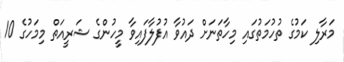
މަރާލި ކަމުގެ ތުހުމަތުގައި މިހާތަނަށް ދައުވާ އުފުލާފައިވާ މީހުންގެ ޝަރީއަތް މިމަހުގެ 10